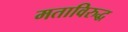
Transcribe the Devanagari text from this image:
मताविरुद्ध